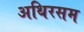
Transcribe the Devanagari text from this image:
अथिरसम